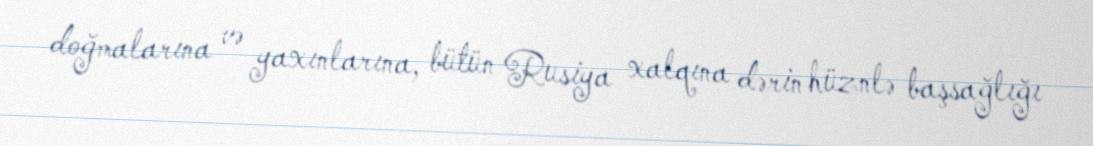
doğmalarına və yaxınlarına, bütün Rusiya xalqına dərin hüznlə başsağlığı